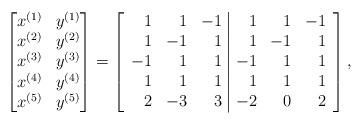
LaTeX: \begin{align*}\begin{bmatrix} x^{(1)} & y^{(1)} \\x^{(2)} & y^{(2)}\\x^{(3)} & y^{(3)}\\x^{(4)} & y^{(4)}\\x^{(5)} & y^{(5)}\end{bmatrix}=\left[\begin{array}{rrr|rrr}1 & 1 & -1 & 1 & 1 & -1 \\ 1 & -1 & 1 & 1 & -1 & 1 \\ -1 & 1 & 1 & -1 & 1 & 1 \\ 1 & 1 & 1 & 1 & 1 & 1 \\ 2 & -3 & 3 & -2 & 0 & 2 \\\end{array}\right],\end{align*}